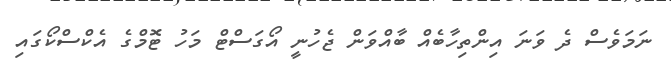
ނަމަވެސް ދެ ވަނަ އިންތިހާބެއް ބާއްވަން ޖެހުނީ އޯގަސްޓް މަހު ޓޮމްގެ އެކްސްކޯގައި